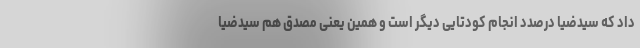
داد که سید‌ضیا درصدد انجام کودتایی دیگر است و همین یعنی مصدق هم سیدضیا